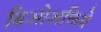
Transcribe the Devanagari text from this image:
बिओअक्तिवे